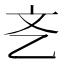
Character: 㐎